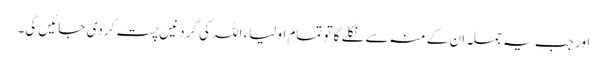
اور جب یہ جملہ ان کے منہ سے نکلے گا تو تمام اولیاء اللہ کی گردنیں پست کر دی جائیں گی۔